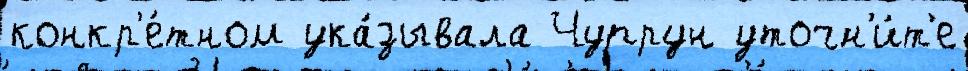
конкр'е́тном ука́зывала Чупрун уточн'и́т'е